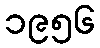
၁၉၅၆